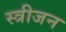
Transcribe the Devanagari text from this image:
स्त्रीजन